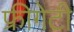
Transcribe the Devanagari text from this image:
फ्रीगेटी